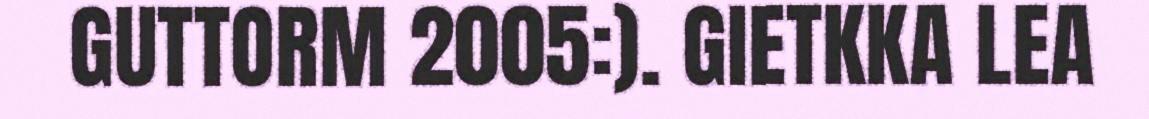
GUTTORM 2005:). GIETKKA LEA